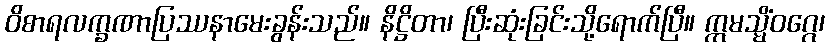
ဝိစာရလက္ခဏာပြဿနာမေးခွန်းသည်။ နိဋ္ဌိတာ၊ ပြီးဆုံးခြင်းသို့ရောက်ပြီ။ ဣမသ္မိံဝဂ္ဂေ၊